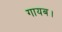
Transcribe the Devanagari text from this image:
गायब।